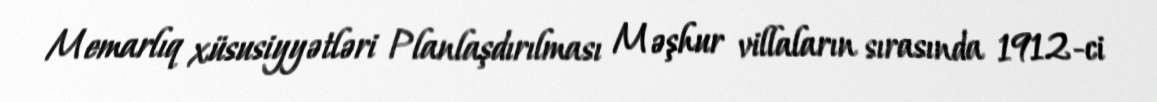
Memarlıq xüsusiyyətləri Planlaşdırılması Məşhur villaların sırasında 1912-ci